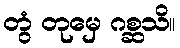
တွံ တုမှေ ဂစ္ဆသိ။